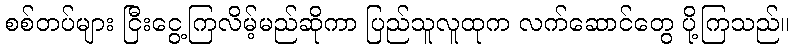
စစ်တပ်များ ငြီးငွေ့ကြလိမ့်မည်ဆိုကာ ပြည်သူလူထုက လက်ဆောင်တွေ ပို့ကြသည်။